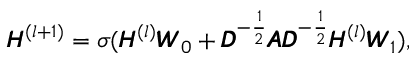
\pmb { H } ^ { ( l + 1 ) } = \sigma ( \pmb { H } ^ { ( l ) } \pmb { W } _ { 0 } + \pmb { D } ^ { - \frac 1 2 } \pmb { A } \pmb { D } ^ { - \frac 1 2 } \pmb { H } ^ { ( l ) } \pmb { W } _ { 1 } ) ,